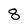
Character: 8